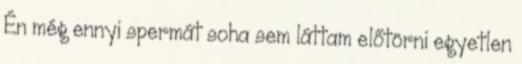
Én még ennyi spermát soha sem láttam előtörni egyetlen